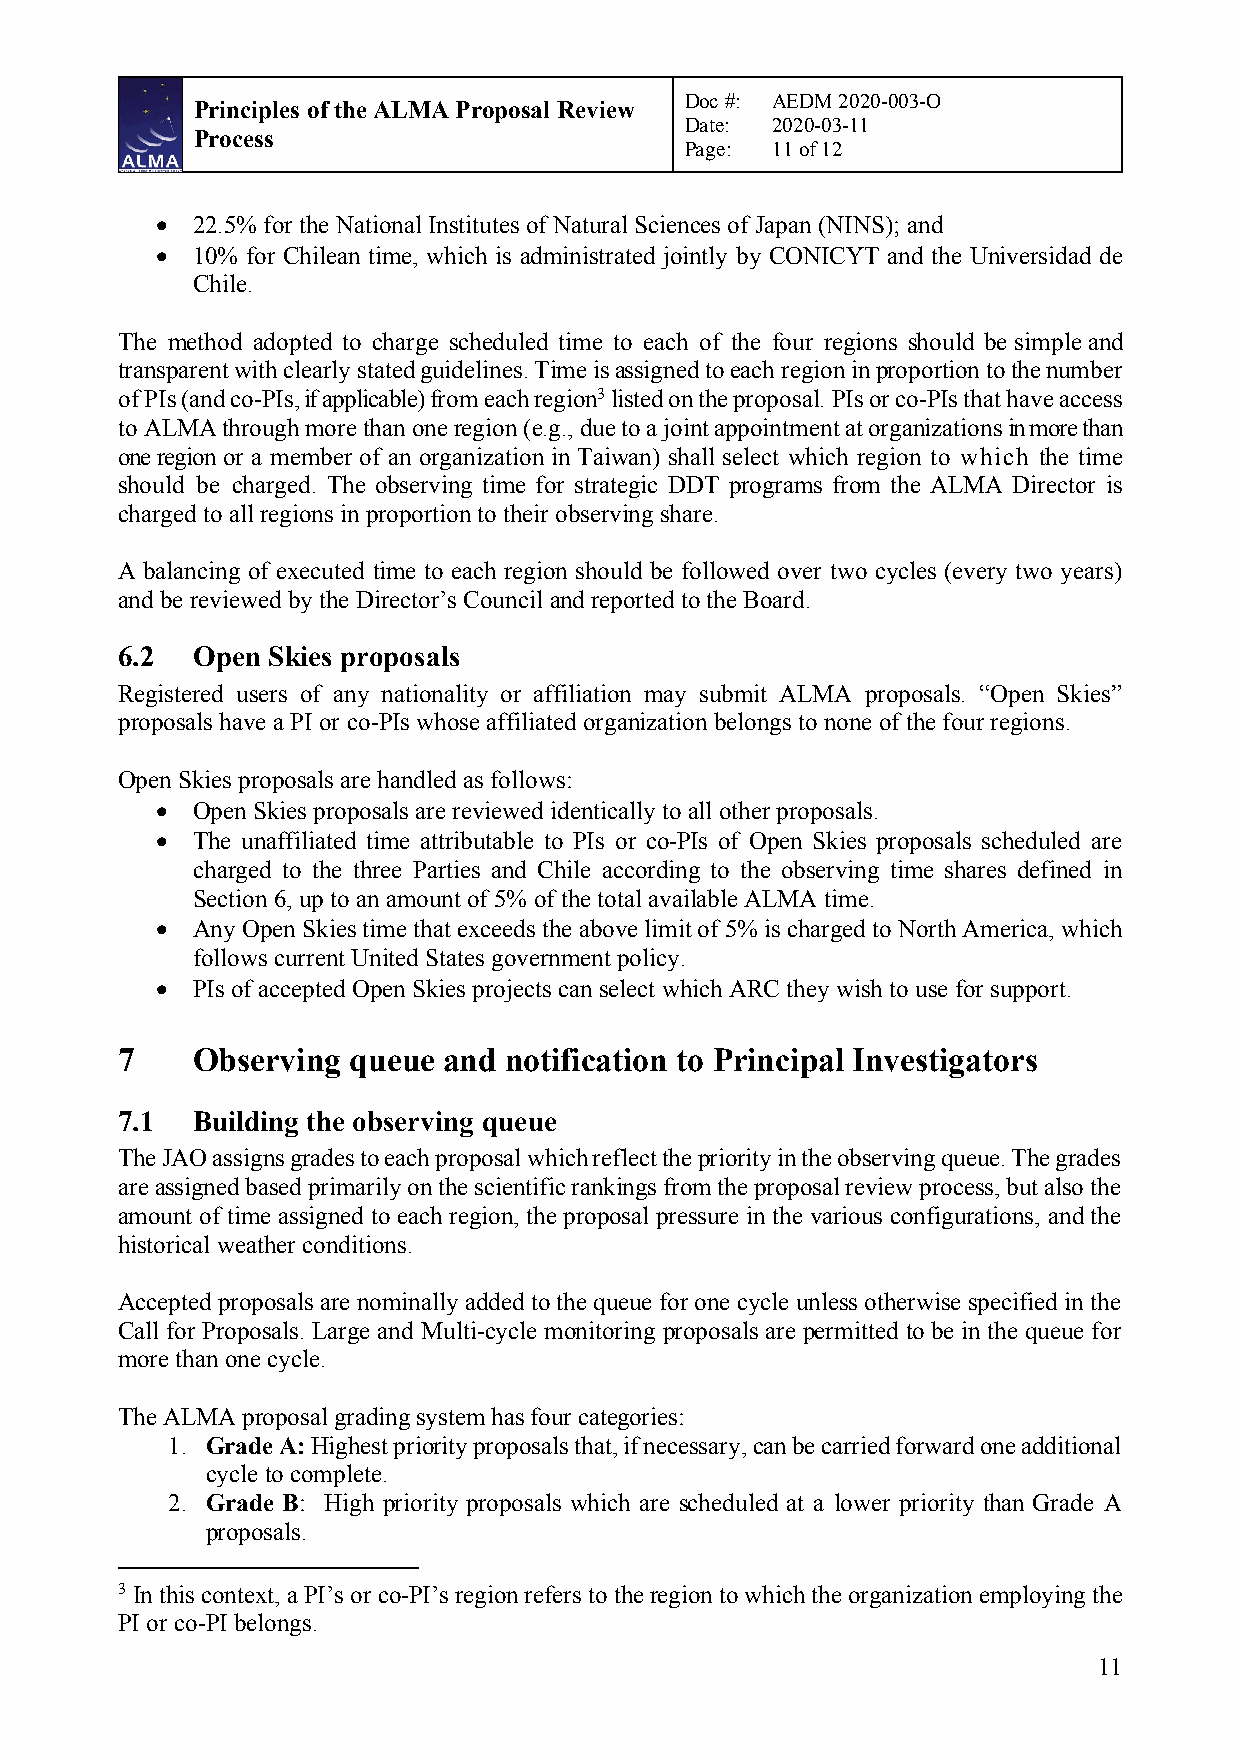
Doc #: AEDM 2020-003-O
 Principles of the ALMA Proposal Review
 Date: 2020-03-11
 Process
 Page: 11 of 12
 •  22.5% for the National Institutes of Natural Sciences of Japan (NINS); and
 •  10% for Chilean time, which is administrated jointly by CONICYT and the Universidad de
 Chile.
 The method adopted to charge scheduled time to each of the four regions should be simple and
 transparent with clearly stated guidelines. Time is assigned to each region in proportion to the number
 of PIs (and co-PIs, if applicable) from each region3 listed on the proposal. PIs or co-PIs that have access
 to ALMA through more than one region (e.g., due to a joint appointment at organizations in more than
 one region or a member of an organization in Taiwan) shall select which region to which the time
 should be charged. The observing time for strategic DDT programs from the ALMA Director is
 charged to all regions in proportion to their observing share.
 A balancing of executed time to each region should be followed over two cycles (every two years)
 and be reviewed by the Director’s Council and reported to the Board.
 6.2  Open Skies proposals
 Registered users of any nationality or affiliation may submit ALMA proposals. “Open Skies”
 proposals have a PI or co-PIs whose affiliated organization belongs to none of the four regions.
 Open Skies proposals are handled as follows:
 •  Open Skies proposals are reviewed identically to all other proposals.
 •  The unaffiliated time attributable to PIs or co-PIs of Open Skies proposals scheduled are
 charged to the three Parties and Chile according to the observing time shares defined in
 Section 6, up to an amount of 5% of the total available ALMA time.
 •  Any Open Skies time that exceeds the above limit of 5% is charged to North America, which
 follows current United States government policy.
 •  PIs of accepted Open Skies projects can select which ARC they wish to use for support.
 7    Observing queue and notification to Principal Investigators
 7.1  Building the observing queue
 The JAO assigns grades to each proposal which reflect the priority in the observing queue. The grades
 are assigned based primarily on the scientific rankings from the proposal review process, but also the
 amount of time assigned to each region, the proposal pressure in the various configurations, and the
 historical weather conditions.
 Accepted proposals are nominally added to the queue for one cycle unless otherwise specified in the
 Call for Proposals. Large and Multi-cycle monitoring proposals are permitted to be in the queue for
 more than one cycle.
 The ALMA proposal grading system has four categories:
 1. Grade A: Highest priority proposals that, if necessary, can be carried forward one additional
 cycle to complete.
 2. Grade B: High priority proposals which are scheduled at a lower priority than Grade A
 proposals.
 3 In this context, a PI’s or co-PI’s region refers to the region to which the organization employing the
 PI or co-PI belongs.
 11